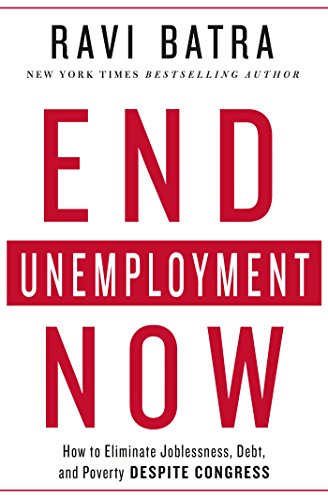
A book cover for End Unemployment Now: How to Eliminate Joblessness, Debt, and Poverty Despite Congress; Ravi Batra; Business & Money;